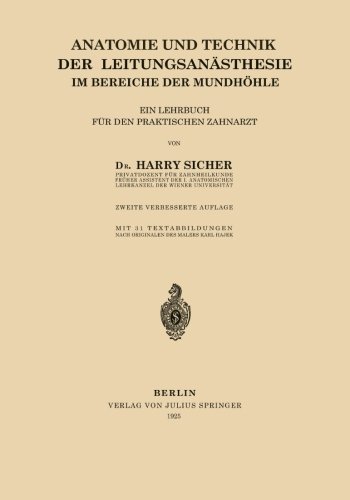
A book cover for Anatomie und Technik der LeitungsanÃ¤sthesie im Bereiche der MundhÃ¶hle: Ein Lehrbuch fÃ¼r den Praktischen Zahnarzt (German Edition); Harry Sicher; Medical Books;